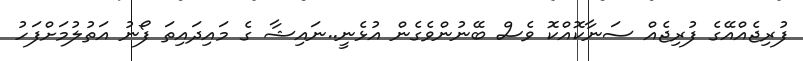
ފުރިޖެއްއޭގެ ފުރިޖެއް ސަނާކޮއްކޮ ވެސް ބޭނުންވެގެން އުޅެނީ..ނައިޝާ ގެ މައިދައިތަ ފޯނު އަތުލުމަށްފަހު